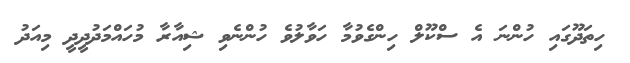
ހިތަދޫގައި ހުންނަ އެ ސްކޫލް ހިންގެވުމާ ހަވާލުވެ ހުންނެވި ޝިއާރާ މުހައްމަދުދީދީ މިއަދު